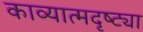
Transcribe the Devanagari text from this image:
काव्यात्मदृष्ट्या